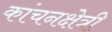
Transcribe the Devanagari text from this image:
कांचनक्षेत्री